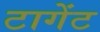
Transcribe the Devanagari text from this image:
टागेंट